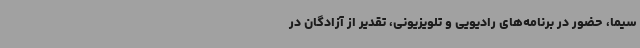
سیما، حضور در برنامه‌های رادیویی و تلویزیونی، تقدیر از آزادگان در